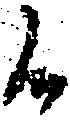
候